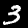
Digit: 3